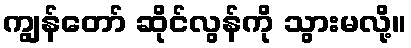
ကျွန်တော် ဆိုင်လွန်ကို သွားမလို့။